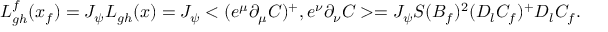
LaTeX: L _ { g h } ^ { f } ( x _ { f } ) = J _ { \psi } L _ { g h } ( x ) = J _ { \psi } < ( e ^ { \mu } \partial _ { \mu } C ) ^ { + } , e ^ { \nu } \partial _ { \nu } C > = J _ { \psi } S ( B _ { f } ) ^ { 2 } ( D _ { l } C _ { f } ) ^ { + } D _ { l } C _ { f } .